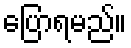
ပြောရမည်။